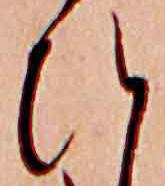
ひ